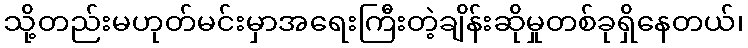
သို့တည်းမဟုတ်မင်းမှာအရေးကြီးတဲ့ချိန်းဆိုမှုတစ်ခုရှိနေတယ်၊